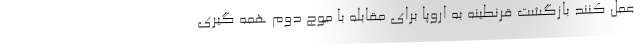
عمل کنند بازگشت قرنطینه به اروپا برای مقابله با موج دوم همه گیری